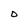
Character: D